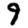
Digit: 9